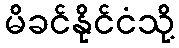
မိခင်နိုင်ငံသို့